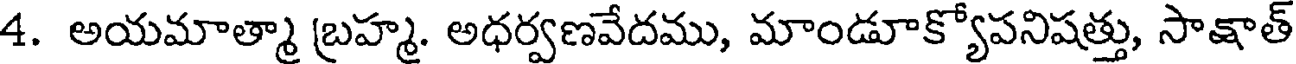
4. అయమాత్మా బ్రహ్మ. అధర్వణవేదము, మాండూక్యోపనిషత్తు, సాక్షాత్